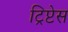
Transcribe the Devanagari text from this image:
ट्रिप्टेस